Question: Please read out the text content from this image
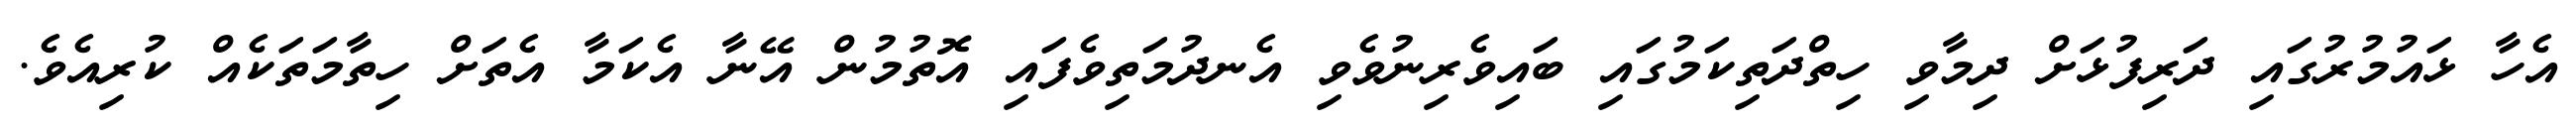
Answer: އެހާ ޅައުމުރުގައި ދަރިފުޅަށް ދިމާވި ހިތްދަތިކަމުގައި ބައިވެރިނުވެވި އެނދުމަތިވެފައި އޮތުމުން އޭނާ އެކަމާ އެތަށް ހިތާމަތަކެއް ކުރިއެވެ.